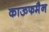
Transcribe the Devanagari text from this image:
काऊफमैन